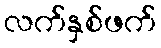
လက်နှစ်ဖက်